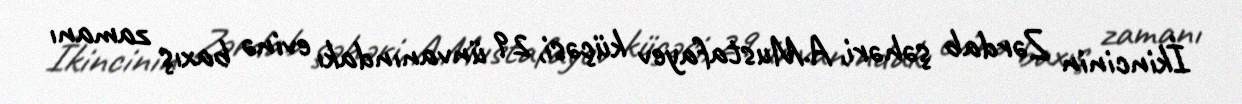
İkincinin Zərdab şəhəri, A.Mustafayev küçəsi, 29 ünvanındakı evinə baxış zamanı